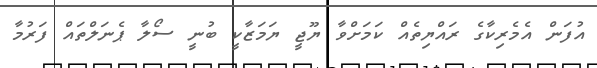
އުފަން އެމެރިކާގެ ރައްޔިތެއް ކަމަށްވާ ޔޫޖީ ޔަމަޒާކީ ބުނީ ސޯލާ ޕެނަލްތައް ފަރުމާ